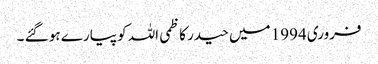
فروری 1994 میں حیدر کاظمی اللہ کو پیارے ہو گئے ۔